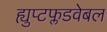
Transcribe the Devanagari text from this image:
ह्युप्टफ्लडवेबल